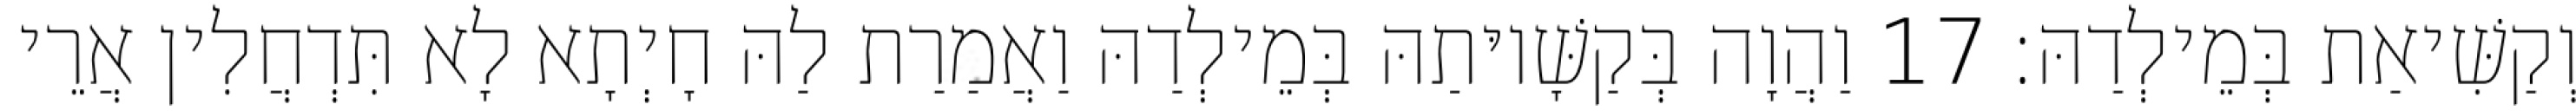
וְקַשִּׁיאַת בְּמֵילְדַהּ׃ 17 וַהֲוָה בְּקַשָּׁיוּתַהּ בְּמֵילְדַהּ וַאֲמַרַת לַהּ חָיְתָא לָא תִּדְחֲלִין אֲרֵי